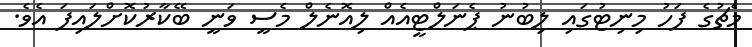
މެޗުގެ ފަހު މިނިޓުގައި ލިބުނު ޕެނަލްޓީއެއް ލިއޮނެލް މެސީ ވަނީ ބޭކާރުކޮށްލައިފަ އެވެ.